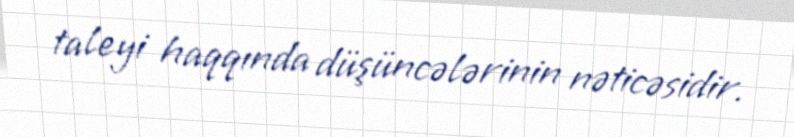
taleyi haqqında düşüncələrinin nəticəsidir.